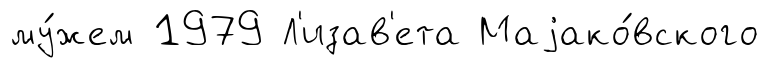
му́жем 1979 Л'изав'ета Маjако́вского